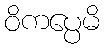
ဝိကပ္ပေမိ